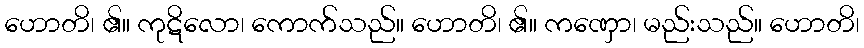
ဟောတိ၊ ၏။ ကုဋိလော၊ ကောက်သည်။ ဟောတိ၊ ၏။ ကဏှော၊ မည်းသည်။ ဟောတိ၊